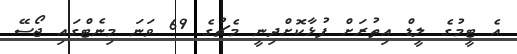
އެ ޓީމުގެ ލީޑް އިތުރަށް ފުޅާކޮށްދިނީ މެޗުގެ 69 ވަނަ މިނެޓްގައި ޖޯސޭ